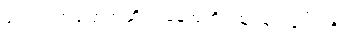
ရုပ်ရည်အပြောအဆို အနေအထိုင်ထူးခြားခြင်းမရှိ။